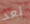
نعد